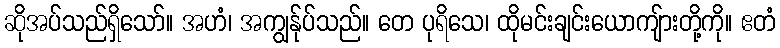
ဆိုအပ်သည်ရှိသော်။ အဟံ၊ အကျွန်ုပ်သည်။ တေ ပုရိသေ၊ ထိုမင်းချင်းယောကျ်ားတို့ကို။ ဧတံ